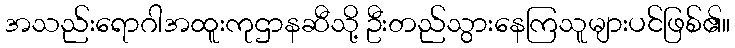
အသည်းရောဂါအထူးကုဌာနဆီသို့ ဦးတည်သွားနေကြသူများပင်ဖြစ်၏။